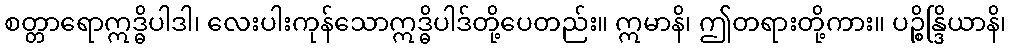
စတ္တာရောဣဒ္ဓိပါဒါ၊ လေးပါးကုန်သောဣဒ္ဓိပါဒ်တို့ပေတည်း။ ဣမာနိ၊ ဤတရားတို့ကား။ ပဉ္စိန္ဒြိယာနိ၊